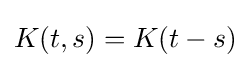
K(t,s)=K(t-s)